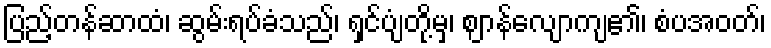
ပြည့်တန်ဆာထံ၊ ဆွမ်းရပ်ခံသည်၊ ရှင်ပျံတို့မှ၊ ဈာန်လျောကျ၏၊ စံပအဝတ်၊